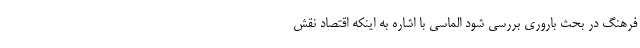
فرهنگ در بحث باروری بررسی شود الماسی با اشاره به اینکه اقتصاد نقش